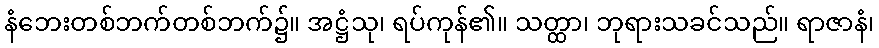
နံဘေးတစ်ဘက်တစ်ဘက်၌။ အဋ္ဌံသု၊ ရပ်ကုန်၏။ သတ္ထာ၊ ဘုရားသခင်သည်။ ရာဇာနံ၊